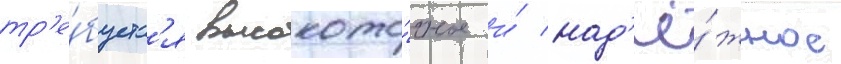
тр'е́буетс'я высокото́чное и́ над'ё́жное